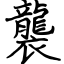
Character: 襲